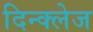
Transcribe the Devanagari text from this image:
दिन्क्लेज